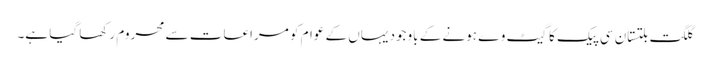
گلگت بلتستان سی پیک کا گیٹ وے ہونے کے باوجود یہاں کے عوام کو مراعات سے محروم رکھا گیا ہے۔